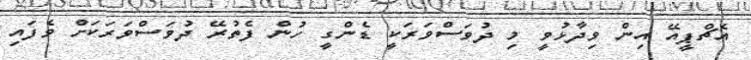
އެޗްޕީއޭ އިން ވިދާޅުވީ މި ދުވަސްވަރަކީ ޑެންގީ ހުން ފެތުރޭ ދުވަސްވަރަކަށް ވެފައި